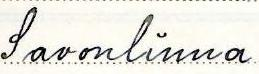
Savonlinna